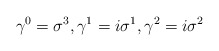
\begin{align*}{\gamma}^0 = {\sigma}^3 , {\gamma}^1 = i{\sigma}^1 , {\gamma}^2 = i{\sigma}^2 \end{align*}